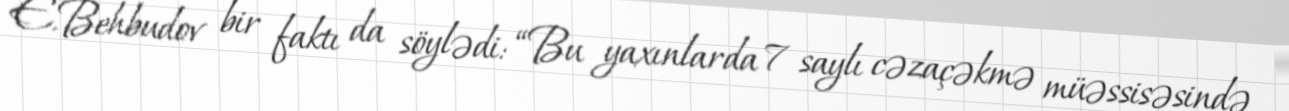
E.Behbudov bir faktı da söylədi: “Bu yaxınlarda 7 saylı cəzaçəkmə müəssisəsində